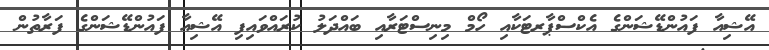
އޭޝިއާ ފައުންޑޭޝަންގެ އެކްސްޕާރޓަކާއި ހޯމް މިނިސްޓަރާއި ބައްދަލު ކުރައްވައިފި އޭޝިއާ ފައުންޑޭޝަންގެ ފަރާތުން